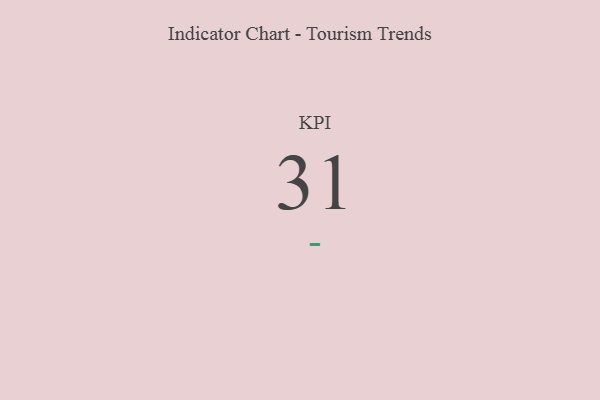
{"axis": {"x": "KPI", "y": "Value"}, "legend": [""], "data": [{"x": "KPI", "y": 31, "type": ""}]}